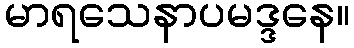
မာရသေနာပမဒ္ဒနေ။